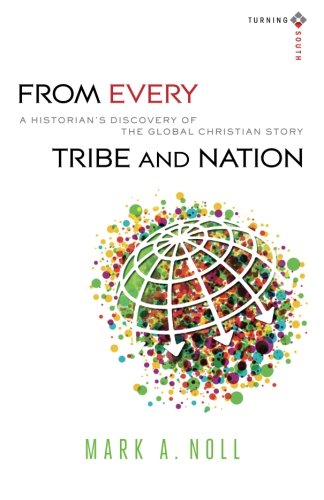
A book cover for From Every Tribe and Nation: A Historian's Discovery of the Global Christian Story (Turning South: Christian Scholars in an Age of World Christianity); Mark A. Noll; Christian Books & Bibles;